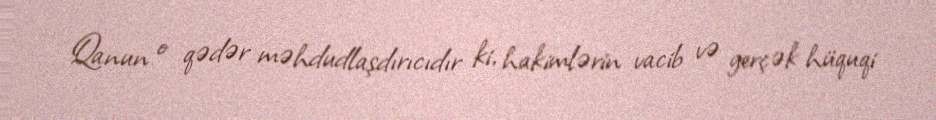
Qanun o qədər məhdudlaşdırıcıdır ki, hakimlərin vacib və gerçək hüquqi